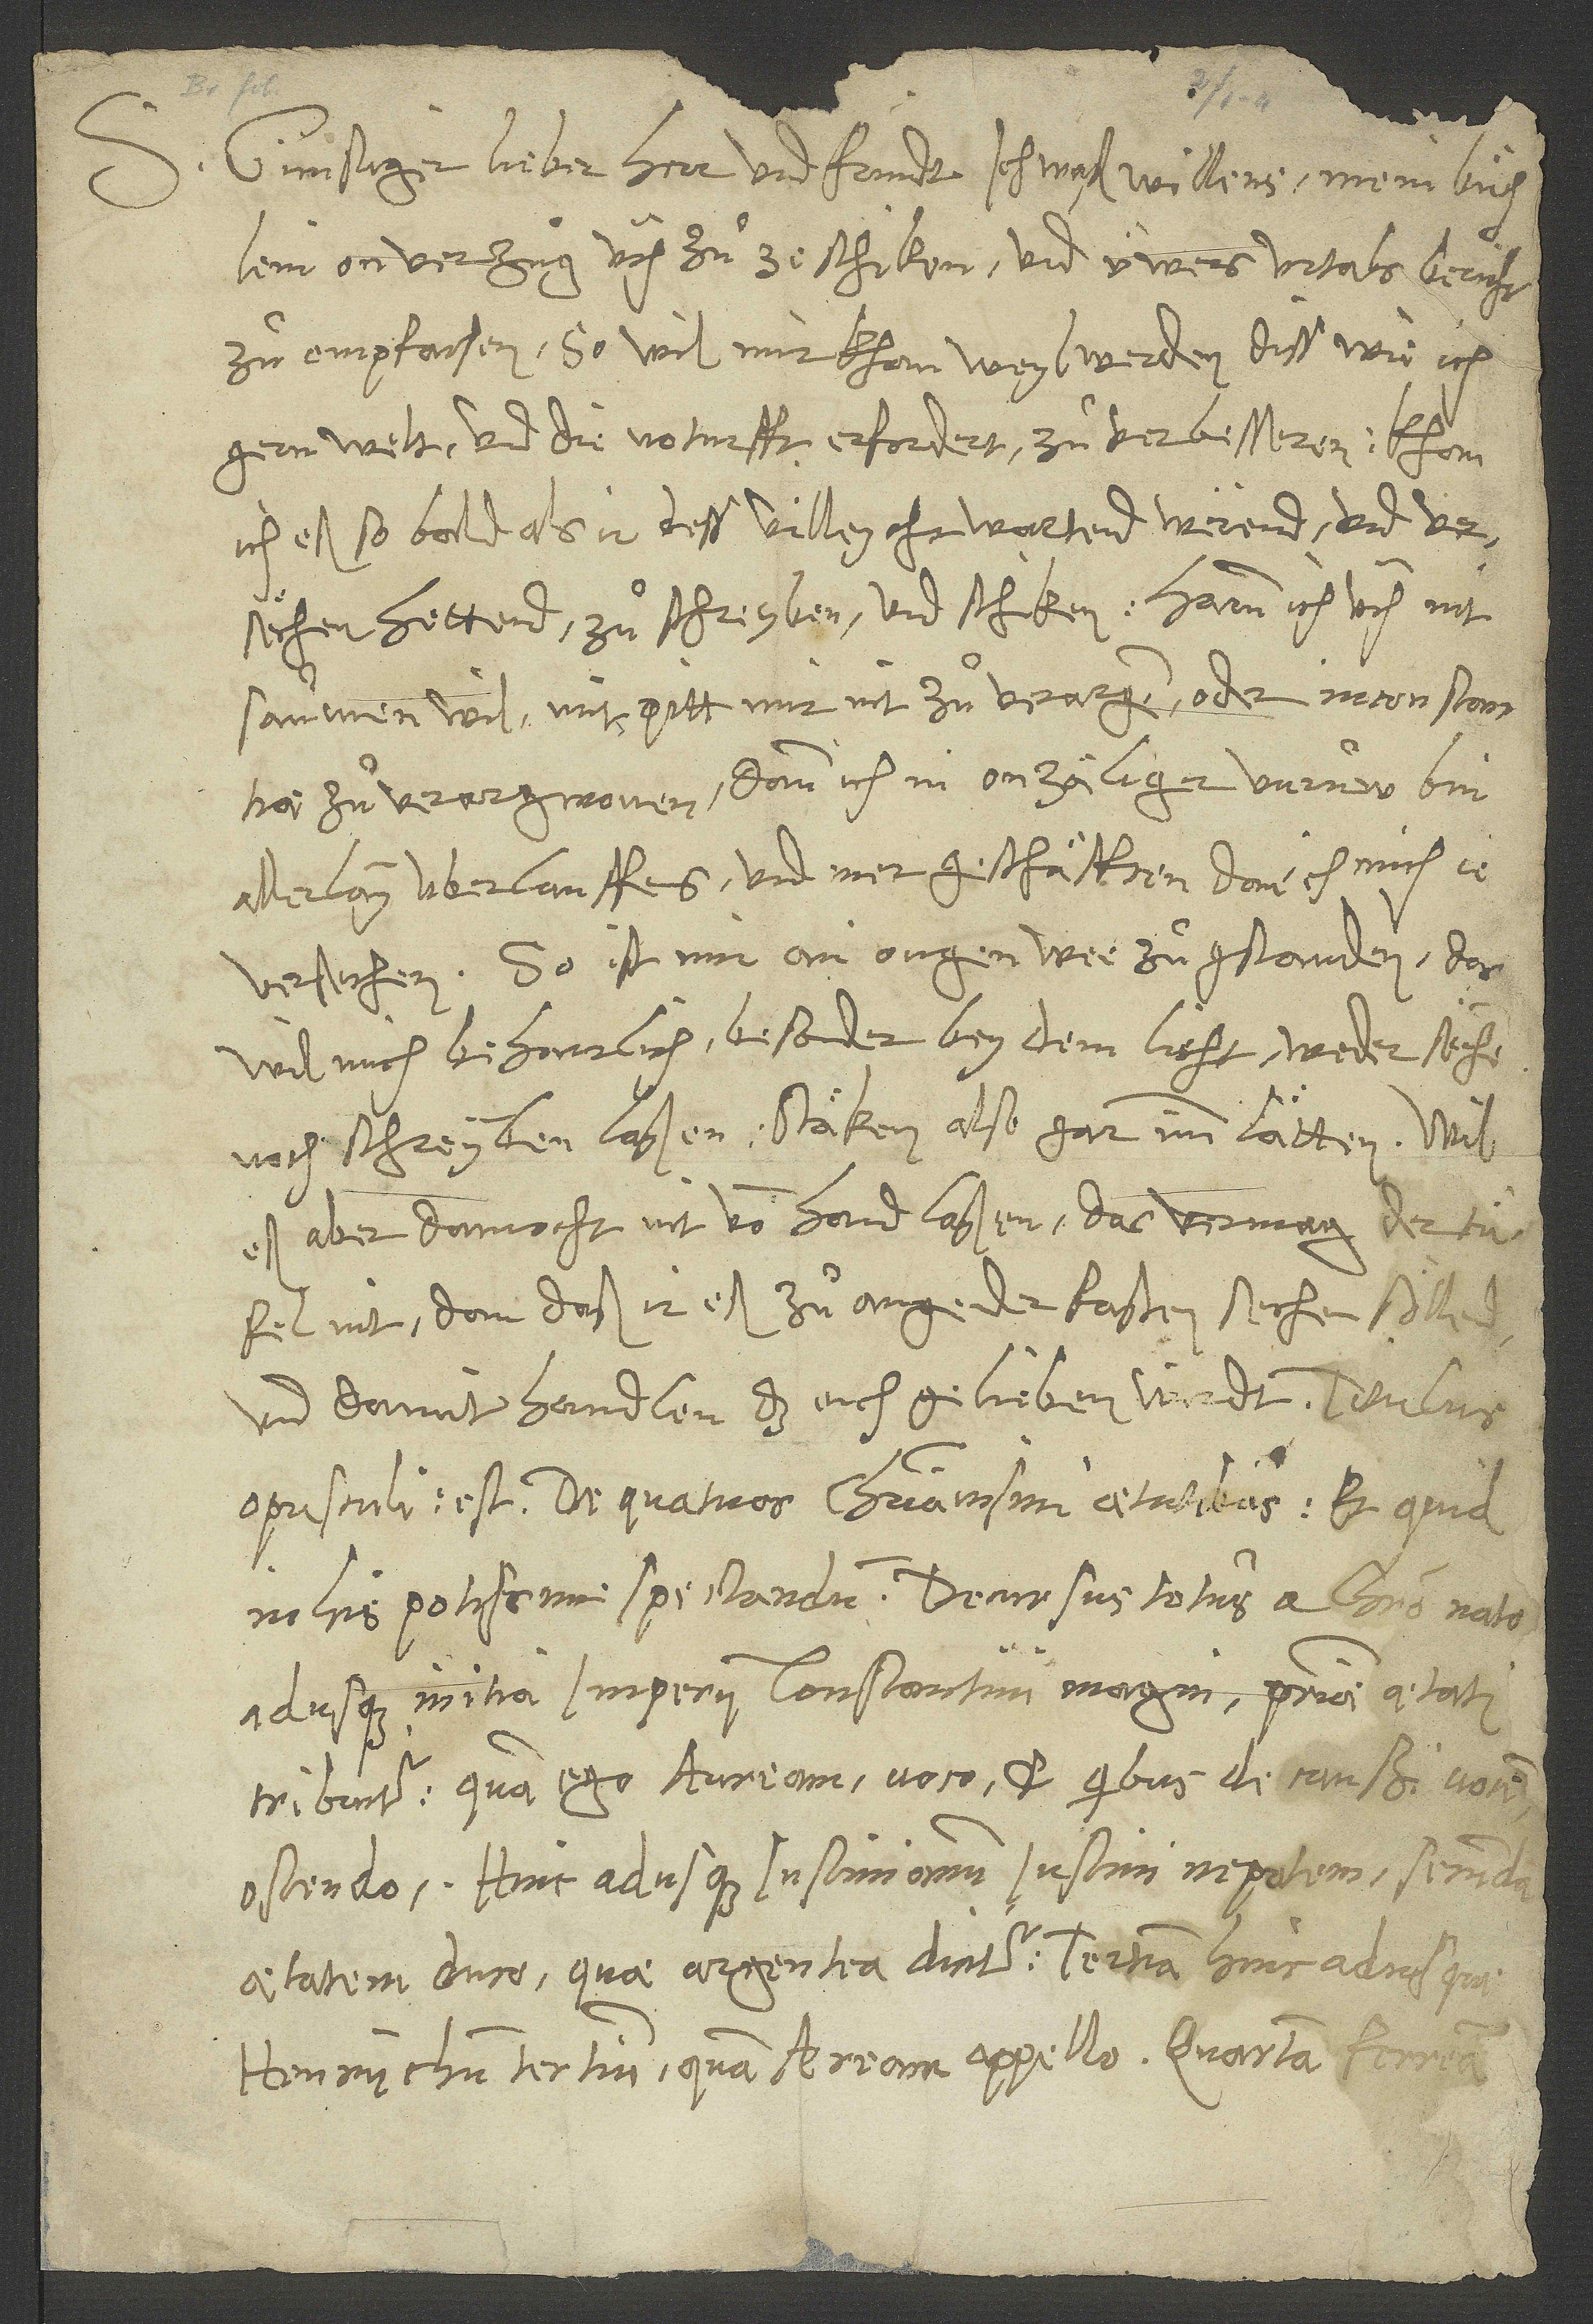
Günstiger lieber herr und fründt, ich waß willens, mein buͤchlein
on verzug üch zuͦzeschiken und üwers urtals bericht
zuͦ empfachen. So wil mir khan weyl werden, diss, wie ich
gern weit und die noturfft erfordert, zuͦ verbesseren. Khan
(nit) so bald, als ir dess vielleycht wartend werend und versehen
hettend, zuͦschreyben und schiken. Harum ich üch nit
saumen wil, mit pitt, mir nit zuͦ verargen oder inconstantiae
zuͦ verargwonen; dann ich in onzäliger unruͦw bin
allerlay überlauffens und mer geschäfften, dan ich mich ie
versechen. So ist mir ain ougenwee zuͦgstanden; das
wil mich beharrlich, besonder bey dem lieht, weder sechen
noch schreyben laßen. Stäken also gar im lätten; wil
es aber dannocht nit von hand laßen. Das vermag der tüfel
nit, dann daß ir eß zuͦ angender fasten sechen söllend
und damit handlen, das euch gelieben wirdt. Titulus
opusculi est: De quatuor Christianismi aetatibus et quid
in his potissime spectandum. Decursus totus a Christo nato
adusque initia imperii Constantini Magni primae aetati
tribuitur, quam ego auream voco et, quibus de caussi(s) vocem,
ostendo; hinc adusque Iustinianum, Iustini nepotem, secundam
aetatem duco, quae argentea dicitur; tertiam hinc adusque
Henrychum tertium, quam aeream appello; quartam ferream,